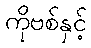
ကိုဗစ်နှင့်